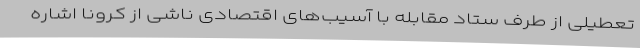
تعطیلی از طرف ستاد مقابله با آسیب‌های اقتصادی ناشی از کرونا اشاره